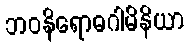
ဘဝနိရောဓဂါမိနိယာ